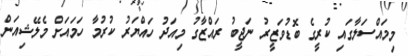
މިމައްސަލާގައި ކުރީގެ ބޮޑުވަޒީރު ނަޖީބު ރައްޒާގު މިއަދު ހައްޔަރު ކުރުމާ ހަމައަށް މެލޭޝިއަން